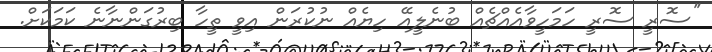
''ސޮރީ ސޮރީ ހަމަހީވާއެއްޗެއް ބުނެލީއޭ ހިޔެއް ނުކުރަން އިވީ ތީހާ ބިރުގަންނާނެ ކަމަކަށް.